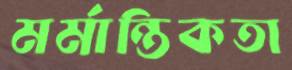
মর্মান্তিকতা